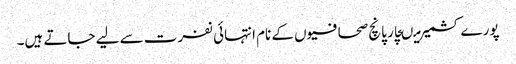
پورے کشمیر میںچار پانچ صحافیوں کے نام انتہائی نفرت سے لیے جاتے ہیں۔